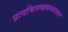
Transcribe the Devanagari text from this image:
प्रायश्चित्तव्यवस्थासार